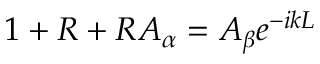
1 + { \cal R } + { \cal R } A _ { \alpha } = A _ { \beta } e ^ { - i k L }